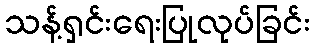
သန့်ရှင်းရေးပြုလုပ်ခြင်း